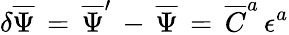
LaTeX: \delta{\overline{{\Psi}}}\, =\, {\overline{{\Psi}}}^{\prime}\, -\, {\overline{{\Psi}}}\, =\, {\overline{{C}}}^{a}\, \epsilon^{a}